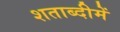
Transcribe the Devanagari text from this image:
शताब्‍दीमें